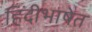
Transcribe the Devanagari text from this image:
हिंदीभाषेत